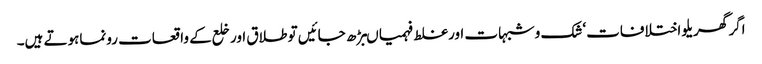
اگر گھریلو اختلافات‘شک وشبہات اورغلط فہمیاںبڑھ جائیں تو طلاق اور خلع کے واقعات رونماہوتے ہیں۔